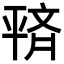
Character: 𫷙